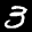
Label: 3